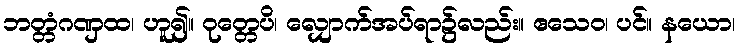
ဘတ္တံဂဏှထ၊ ဟူ၍။ ဝုတ္တေပိ၊ လျှောက်အပ်ရာ၌လည်း။ ဧသေဝ၊ ပင်။ နယော၊